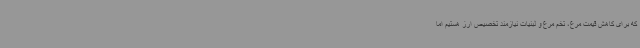
که برای کاهش قیمت مرغ، تخم مرغ و لبنیات نیازمند تخصیص ارز هستیم اما